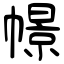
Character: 幜